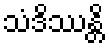
သံဒိဿန္တိ